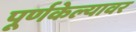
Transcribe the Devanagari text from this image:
पूर्णकेल्यावर